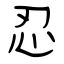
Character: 忍